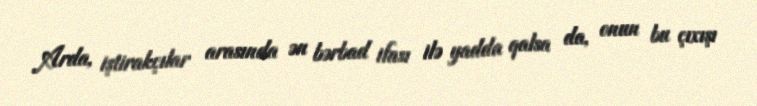
Arda, iştirakçılar arasında ən bərbad ifası ilə yadda qalsa da, onun bu çıxışı